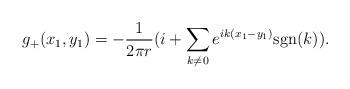
LaTeX: \begin{align*}g_+(x_1,y_1)=-\frac{1}{2\pi r}(i+\sum _{k \neq 0}e^{ik(x_1-y_1)}\mbox{sgn}(k)).\end{align*}